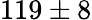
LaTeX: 119\pm 8